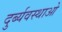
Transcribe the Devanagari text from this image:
दुर्ब्यवस्थाओ